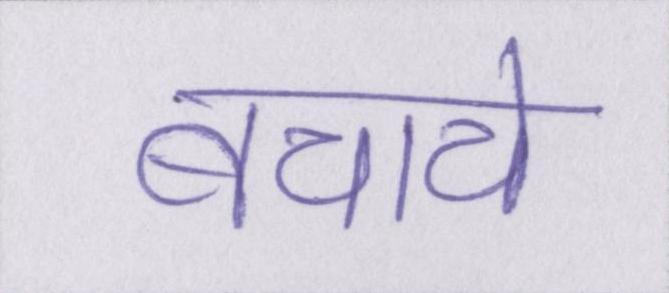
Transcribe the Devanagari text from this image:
बचाये